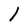
Character: l